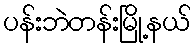
ပန်းဘဲတန်းမြို့နယ်